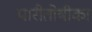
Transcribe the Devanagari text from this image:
पारीतोषीका